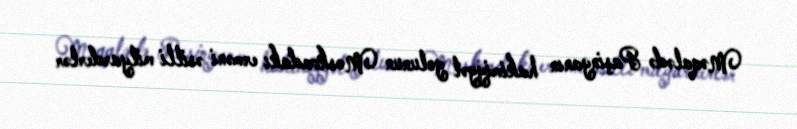
Məqalədə Paşinyanın hakimiyyət yolunun Moskvadakı erməni əsilli milyarderlər